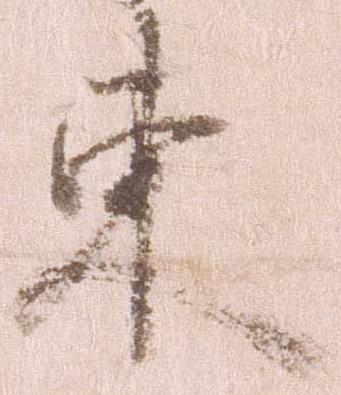
東